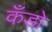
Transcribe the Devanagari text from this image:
कँडो